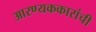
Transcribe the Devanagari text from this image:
आरण्यककारांची